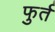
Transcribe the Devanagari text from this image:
फुर्त